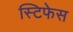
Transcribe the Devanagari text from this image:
स्टिफेस